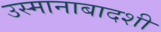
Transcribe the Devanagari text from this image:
उस्मानाबादशी